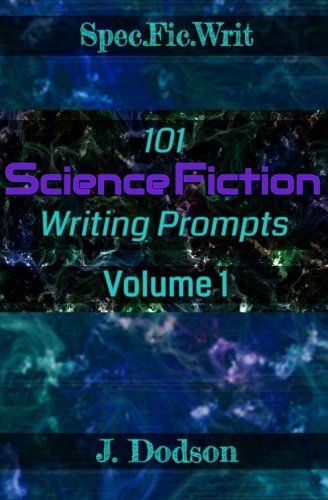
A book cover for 101 Science Fiction Writing Prompts: Volume 1 (SpecFicWrit); J Dodson; Science Fiction & Fantasy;